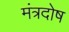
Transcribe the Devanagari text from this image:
मंत्रदोष